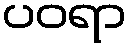
ပဝရာ